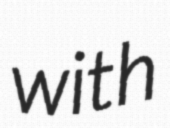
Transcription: with